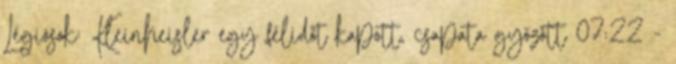
Légiósok: Kleinheisler egy félidőt kapott, csapata győzött 07:22 -